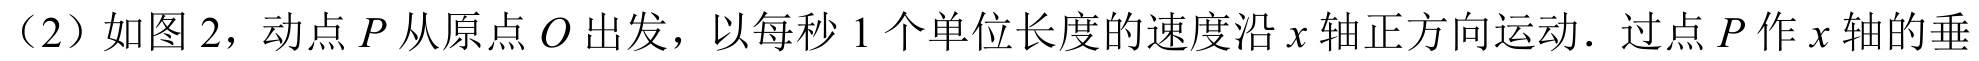
（2）如图 2，动点\(P\)从原点\(O\)出发，以每秒\(1\)个单位长度的速度沿\(x\)轴正方向运动．过点\(P\)作\(x\)轴的垂